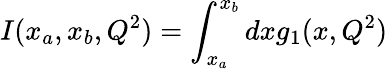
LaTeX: I(x_{a},x_{b},Q^{2})=\int_{x_{a}}^{x_{b}}dxg_{1}(x,Q^{2})